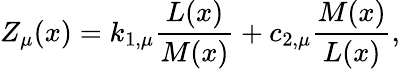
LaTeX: Z_{\mu}(x)=k_{1,\mu}\frac{L(x)}{M(x)}+c_{2,\mu}\frac{M(x)}{L(x)},